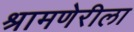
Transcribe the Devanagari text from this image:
श्रामणेरीला